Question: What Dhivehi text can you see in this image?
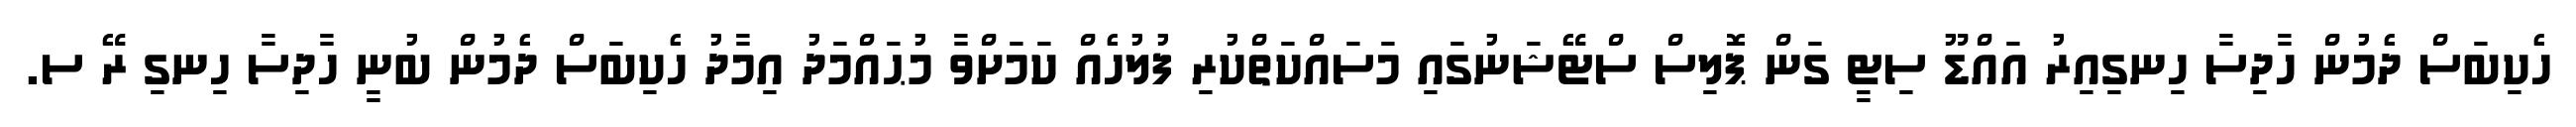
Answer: ހެކިބަސް ދެމުން ހާދިސާ ހިނގިއިރު އައްޑޫ ސިޓީ ގަން ޕޮލިސް ސްޓޭޝަނުގައި މަސައްކަތްކުރި ފުލުހެއް ކަމަށްވާ މުޙައްމަދު އިމާދު ހެކިބަސް ދެމުން ބުނީ ހާދިސާ ހިނގި ރޭ ސ.